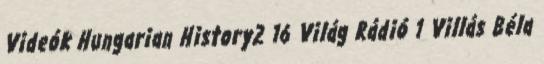
Videók Hungarian History2 16 Világ Rádió 1 Villás Béla